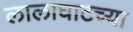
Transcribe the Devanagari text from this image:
लालाघाटच्या